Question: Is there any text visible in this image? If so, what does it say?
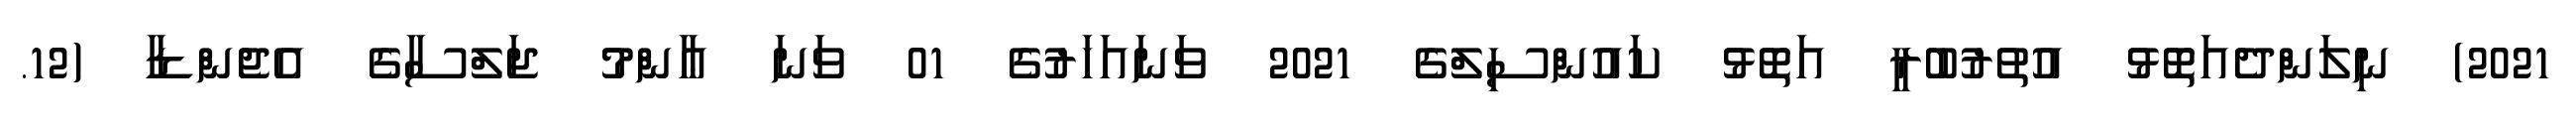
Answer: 2021) ނިލަންދެއަތޮޅު އުތުރުބުރީ އަތޮޅު ކައުންސިލްގެ 2021 ވަނައަހަރުގެ 01 ވަނަ ޢާންމު ޖަލްސާގެ އެޖެންޑާ (12.